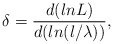
\begin{align*}\delta = \frac{d (ln L)}{d (ln(l/\lambda ))},\end{align*}